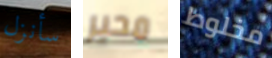
سأنزل محير مخلوط